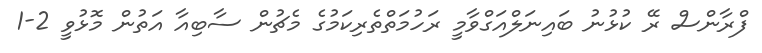
ފްރާންސް ރޭ ކުޅުނު ބައިނަލްއަގްވާމީ ރަހުމަތްތެރިކަމުގެ މެޗުން ސާބިއާ އަތުން މޮޅުވީ 2-1